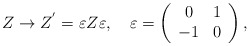
\begin{align*}Z\rightarrow Z^{'}=\varepsilon Z \varepsilon,\quad\varepsilon=\left(\begin{array}{crc}0&1\\-1&0\\\end{array}\right),\end{align*}